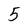
Character: 5